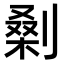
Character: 𭄅